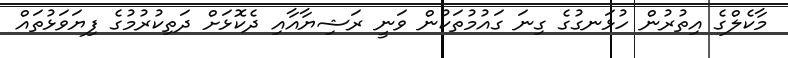
މާކެލްގެ އިތުރުން ހުޅަނގުގެ ގިނަ ގައުމުތަކުން ވަނީ ރަޝިޔާއާއި ދެކޮޅަށް ދަތިކުރުމުގެ ފިޔަވަޅުތައް